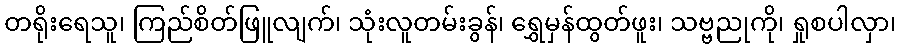
တရိုးရေသူ၊ ကြည်စိတ်ဖြူလျက်၊ သုံးလူတမ်းခွန်၊ ရွှေမှန်ထွတ်ဖူး၊ သဗ္ဗညုကို၊ ရှုစပါလှာ၊